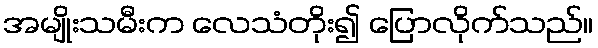
အမျိုးသမီးက လေသံတိုး၍ ပြောလိုက်သည်။